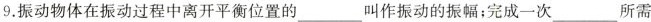
9.振动物体在振动过程中离开平衡位置的___叫作振动的振幅；完成一次___所需